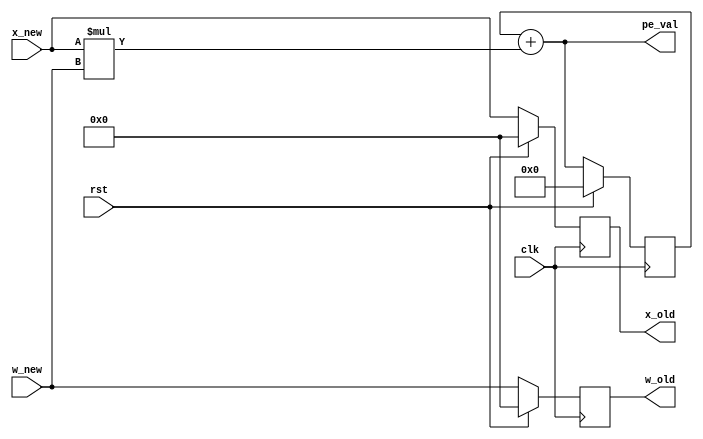
`timescale 1ns/100ps

module mac_unit #(parameter IP_SIZE=8,parameter OP_SIZE=24) (clk, rst, x_new, w_new, x_old, w_old, pe_val);

input clk;
input rst;
input [IP_SIZE-1:0] x_new;
input [IP_SIZE-1:0] w_new;

output [IP_SIZE-1:0] x_old;
output [IP_SIZE-1:0] w_old;
output [OP_SIZE-1:0] pe_val;

reg [IP_SIZE-1:0] x_new_reg;
reg [IP_SIZE-1:0] w_new_reg;
reg [OP_SIZE-1:0] partial_sum_reg;

always @ (posedge clk) begin
    if (rst) begin
        x_new_reg <= 0;
        w_new_reg <= 0;
    end
    else begin
        x_new_reg <= x_new;
        w_new_reg <= w_new;
    end
end

assign x_old = x_new_reg;
assign w_old = w_new_reg;

always @ (posedge clk) begin
    if (rst) begin
        partial_sum_reg <= 0;
    end
    else begin
        partial_sum_reg <= pe_val;
    end
end

assign pe_val = partial_sum_reg + (x_new*w_new);

endmodule